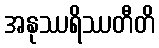
အနုဿရိဿတီတိ